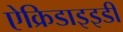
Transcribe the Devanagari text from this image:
ऐक्रिडाइइडी